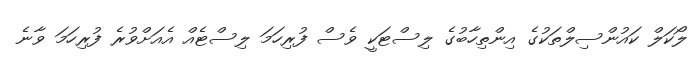
ލޯކަލް ކައުންސިލްތަކުގެ އިންތިހާބުގެ ލިސްޓަކީ ވެސް ފުރިހަމަ ލިސްޓެއް އެއަށްވުރެ ފުރިހަމަ ވާނެ